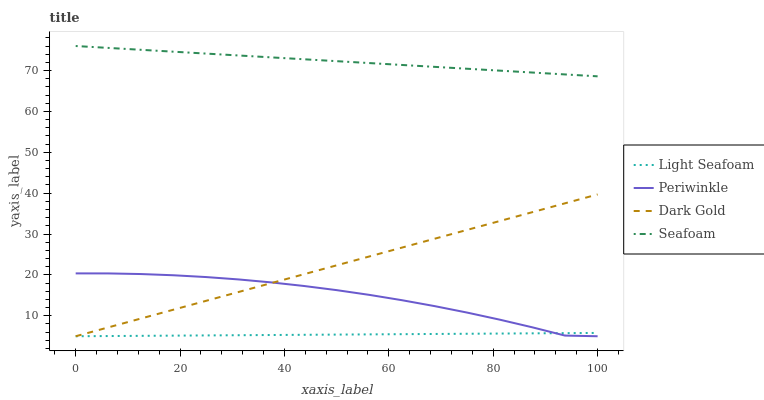
| xaxis_label | Light Seafoam | Periwinkle | Dark Gold | Seafoam |
 | --- | --- | --- | --- | --- |
 | 0 | 5 | 20.4 | 5 | 76 |
 | 6.25 | 5.05 | 20.4 | 7.17 | 75.5 |
 | 12.5 | 5.1 | 20.2 | 9.34 | 75.1 |
 | 18.8 | 5.15 | 19.9 | 11.5 | 74.6 |
 | 25 | 5.2 | 19.5 | 13.7 | 74.1 |
 | 31.2 | 5.25 | 18.9 | 15.8 | 73.7 |
 | 37.5 | 5.3 | 18.2 | 18 | 73.2 |
 | 43.8 | 5.36 | 17.3 | 20.2 | 72.8 |
 | 50 | 5.41 | 16.3 | 22.3 | 72.3 |
 | 56.2 | 5.46 | 15.1 | 24.5 | 71.8 |
 | 62.5 | 5.51 | 13.8 | 26.7 | 71.4 |
 | 68.8 | 5.56 | 12.4 | 28.9 | 70.9 |
 | 75 | 5.61 | 10.8 | 31 | 70.4 |
 | 81.2 | 5.66 | 9.06 | 33.2 | 70 |
 | 87.5 | 5.71 | 7.18 | 35.4 | 69.5 |
 | 93.8 | 5.76 | 5.16 | 37.5 | 69 |
 | 100 | 5.81 | 5 | 39.7 | 68.6 |